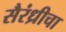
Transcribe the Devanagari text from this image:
सैरंध्रीचा